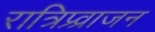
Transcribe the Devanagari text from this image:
रात्रिप्र्व्राजन